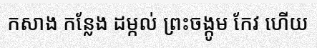
កសាង កន្លែង ដម្កល់ ព្រះចង្កូម កែវ ហើយ